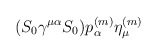
\begin{align*}(S_0 \gamma^{\mu\alpha} S_0)p^{(m)}_\alpha \eta^{(m)}_\mu\end{align*}